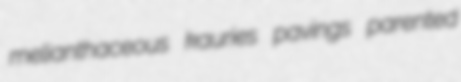
melianthaceous kauries pavings parented